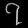
Digit: ၇